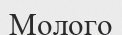
Молого